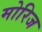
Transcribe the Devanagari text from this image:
मोरिज